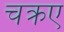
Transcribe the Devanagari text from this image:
चक्रए